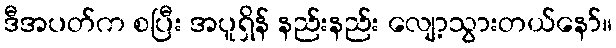
ဒီအပတ်က စပြီး အပူရှိန် နည်းနည်း လျော့သွားတယ်နော်။